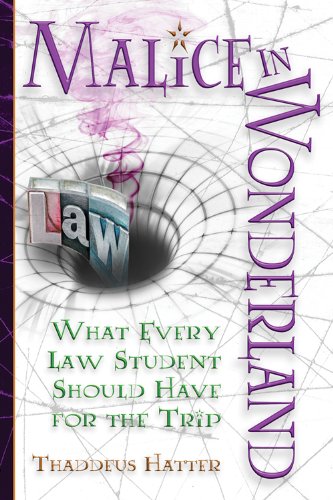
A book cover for Malice in Wonderland: What Every Law Student Should Have for the Trip; Thaddeus Hatter; Test Preparation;